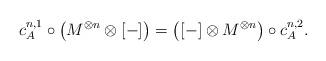
LaTeX: \begin{align*}c_{A}^{n,1}\circ \left( M^{\otimes n}\otimes \left[ -\right] \right) =\left( \left[ -\right] \otimes M^{\otimes n}\right) \circ c_{A}^{n,2}.\end{align*}